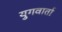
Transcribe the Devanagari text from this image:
युगवार्ता